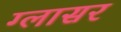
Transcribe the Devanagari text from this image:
ग्लासर